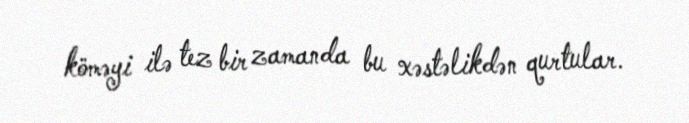
köməyi ilə tez bir zamanda bu xəstəlikdən qurtular.